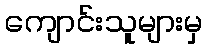
ကျောင်းသူများမှ